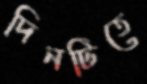
দিনটিতে